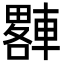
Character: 𨎠